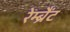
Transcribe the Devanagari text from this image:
रेम्ब्रैंट